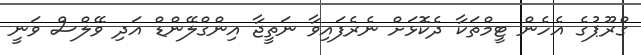
ގްރޫޕުގެ އެހެން ޓީމްތަކާ ދެކޮޅަށް ނެރެފައިވާ ނަތީޖާ އިންގްލޭންޑް އަދި ވޭލްސް ވަނީ